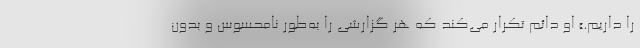
را داریم.» او دائم تکرار می‌کند که هر گزارشی را به‌طور نامحسوس و بدون